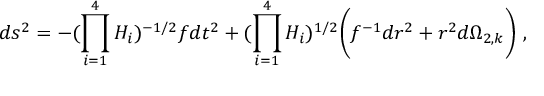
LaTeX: d s ^ { 2 } = - { ( \prod _ { i = 1 } ^ { 4 } H _ { i } ) ^ { - 1 / 2 } } f d t ^ { 2 } + ( \prod _ { i = 1 } ^ { 4 } H _ { i } ) ^ { 1 / 2 } \bigg ( f ^ { - 1 } { d r ^ { 2 } } + r ^ { 2 } d \Omega _ { 2 , k } \bigg ) \ ,